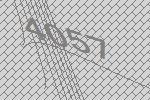
4057